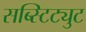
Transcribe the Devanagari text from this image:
सब्स्टिट्युट